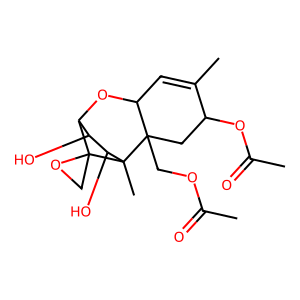
SMILES: CC(=O)OCC12CC(OC(C)=O)C(C)=CC1OC1C(O)C(O)C2(C)C12CO2
Inhibits HIV replication: No